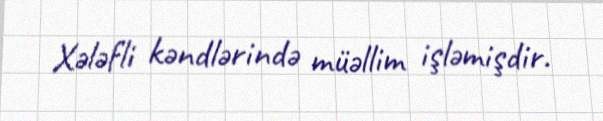
Xələfli kəndlərində müəllim işləmişdir.